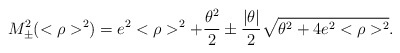
\begin{align*}M_{\pm}^{2}(<\rho>^{2})=e^{2}<\rho>^{2}+\frac{\theta^{2}}{2}\pm\frac{|\theta|}{2}\sqrt{\theta^{2}+4e^{2}<\rho>^{2}}.\end{align*}